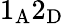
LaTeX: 1_{\mathrm{A}}2_{\mathrm{D}}